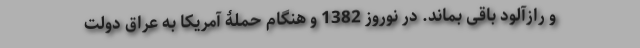
و رازآلود باقی بماند. در نوروز 1382 و هنگام حملۀ آمریکا به عراق دولت